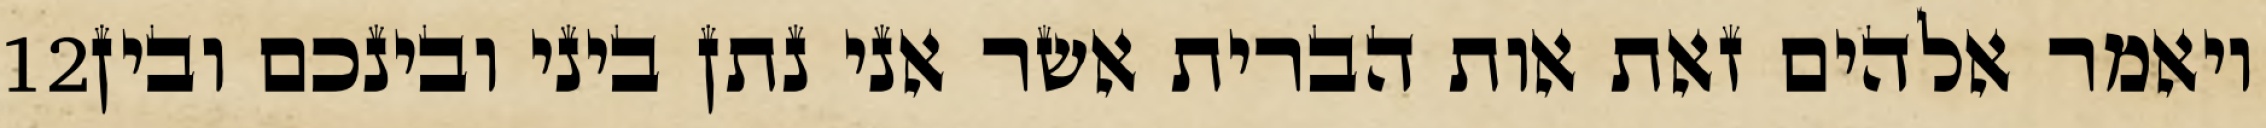
‎12‏ ויאמר אלהים זאת אות הברית אשר אני נתן ביני ובינכם ובין